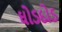
ઘોડદોડ